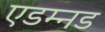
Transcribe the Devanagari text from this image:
एडम्नड